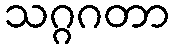
သဂ္ဂဂတာ